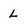
Character: l